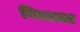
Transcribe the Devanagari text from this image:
विलाला